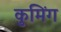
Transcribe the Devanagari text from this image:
कुमिंग